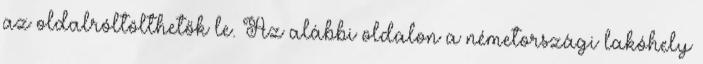
az oldalróltölthetők le. Az alábbi oldalon a németországi lakóhely